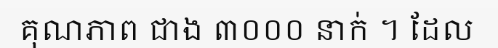
គុណភាព ជាង ៣០០០ នាក់ ។ ដែល